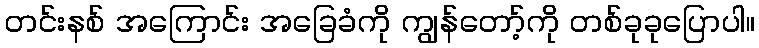
တင်းနစ် အကြောင်း အခြေခံကို ကျွန်တော့်ကို တစ်ခုခုပြောပါ။